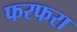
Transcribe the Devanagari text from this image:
फरफरा